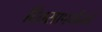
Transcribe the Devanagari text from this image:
दिवसापर्यंतचे